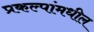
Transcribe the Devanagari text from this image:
प्रकल्पांमधील